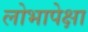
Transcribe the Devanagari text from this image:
लोभापेक्षा